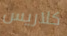
كلاريس